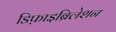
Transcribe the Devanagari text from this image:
डिफ़ाइब्रिलेशन